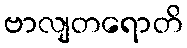
ဗာလျတရောတိ